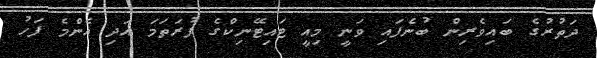
ދަތުރުގެ ބައިވެރިން ބުނެފައި ވަނީ މިއީ ޓައިޓޭނިކްގެ ފުރަތަމަ އަދި އެންމެ ފަހު